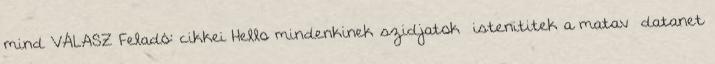
mind VÁLASZ Feladó: cikkei Hello mindenkinek szidjatok istenititek a matav datanet